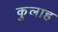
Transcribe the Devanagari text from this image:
कुलाह